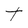
Character: t